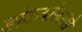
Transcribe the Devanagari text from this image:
डोळ्यांसारखे